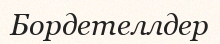
Бордетеллдер